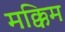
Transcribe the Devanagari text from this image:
मक्किम